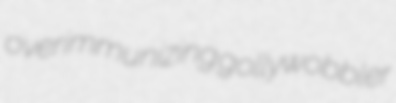
overimmunizing gollywobbler